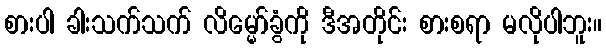
စားပါ ခါးသက်သက် လိမ္မော်ခွံကို ဒီအတိုင်း စားစရာ မလိုပါဘူး။